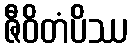
ဇီဝိတံပိဿ